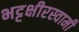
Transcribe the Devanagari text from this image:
भट्टक्षीरस्वामी